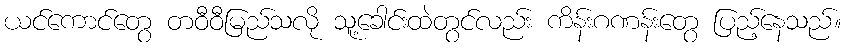
ယင်ကောင်တွေ တဝီဝီမြည်သလို သူ့ခေါင်းထဲတွင်လည်း ကိန်းဂဏန်းတွေ ပြည့်နေသည်။